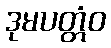
ဒုမပတ္တံဝ